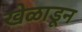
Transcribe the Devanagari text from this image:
खेळाडून